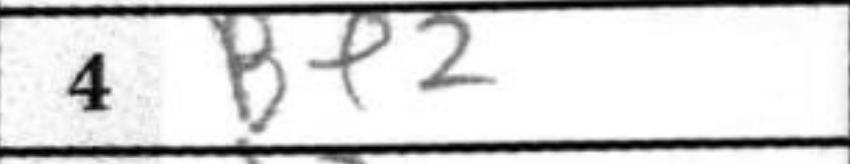
Transcription: Bf2